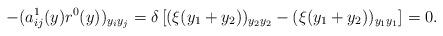
LaTeX: \begin{align*} -(a^1_{ij}(y) r^0(y))_{y_i y_j} = \delta \left[(\xi(y_1+y_2))_{y_2 y_2}-(\xi(y_1+y_2))_{y_1 y_1} \right] =0. \end{align*}